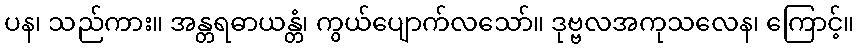
ပန၊ သည်ကား။ အန္တရဓာယန္တံ၊ ကွယ်ပျောက်လသော်။ ဒုဗ္ဗလအကုသလေန၊ ကြောင့်။